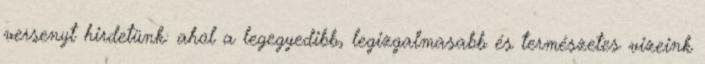
versenyt hirdetünk: ahol a legegyedibb, legizgalmasabb és természetes vizeink